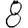
Digit: 8